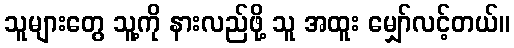
သူများတွေ သူ့ကို နားလည်ဖို့ သူ အထူး မျှော်လင့်တယ်။